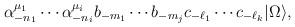
LaTeX: \begin{align*}\alpha^{\mu_1}_{-n_1}\cdots \alpha^{\mu_i}_{-n_i}b_{-m_1}\cdots b_{-m_j}c_{-\ell_1}\cdots c_{-\ell_k} |\Omega\rangle,\end{align*}